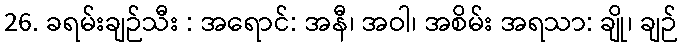
26. ခရမ်းချဉ်သီး : အရောင်: အနီ၊ အဝါ၊ အစိမ်း အရသာ: ချို၊ ချဉ်